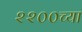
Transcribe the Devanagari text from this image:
२२००च्या